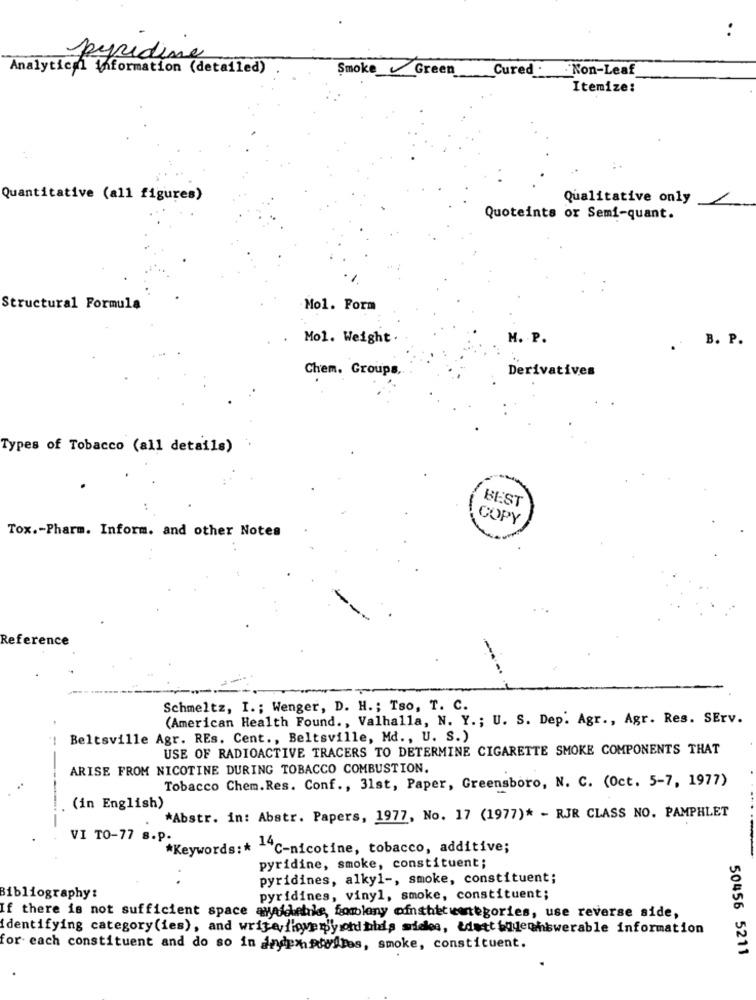
..
pyridine
Analytical information (detailed)
SmokeGreen
Cured . Non-Leaf
Itemize:
Quantitative (all figures)
Qualitative only
Quoteints or Semi-quant.
Structural Formula
Mol. Form
Mol. Weight
M. P.
B. P.
Chem. Groups
Derivatives
Types of Tobacco (all details)
BEST
COPY
Tox .- Pharm. Inform. and other Notes
Reference
Schmeltz, I .; Wenger, D. H .; Tso, T. C.
(American Health Found ., Valhalla, N. Y .; U. S. Dep. Agr ., Agr. Res. SErv.
Beltsville Agr. REs. Cent ., Beltsville, Md ., U. S.)
USE OF RADIOACTIVE TRACERS TO DETERMINE CIGARETTE SMOKE COMPONENTS THAT
ARISE FROM NICOTINE DURING TOBACCO COMBUSTION.
Tobacco Chem. Res. Conf ., 31st, Paper, Greensboro, N. C. (Oct. 5-7, 1977)
(in English)
----
*Abstr. in: Abstr. Papers, 1977, No. 17 (1977)* - RJR CLASS NO. PAMPHLET
VI TO-77 s.p.
*Keywords :* - 4℃-nicotine, tobacco, additive;
pyridine, smoke, constituent;
pyridines, alkyl -, smoke, constituent;
Bibliography:
pyridines, vinyl, smoke, constituent;
If there is not sufficient space available, fomlony ofnshetwmegories, use reverse side,
Identifying category (ies), and writediyem'y ond bids sides, &dett bode@hswerable information
for each constituent and do so in andph fooltes, smoke, constituent.
50456 5211